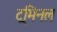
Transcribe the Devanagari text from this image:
ट्रमिनल